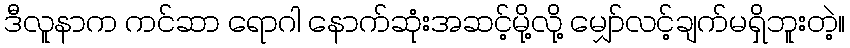
ဒီလူနာက ကင်ဆာ ရောဂါ နောက်ဆုံးအဆင့်မို့လို့ မျှော်လင့်ချက်မရှိဘူးတဲ့။